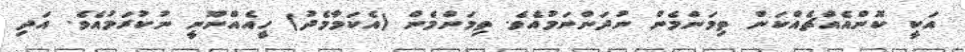
އަކީ ކޮންއެއްޗެއްކަން ތިމަންމެން ނުދަންނަމުއެވެ. ތިމަންމެން (އެކަމާމެދު) ހީއެއްނޫނީ ނުކުރަމުއެވެ. އަދި